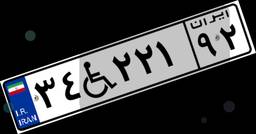
۳۴W۲۲۱۹۲